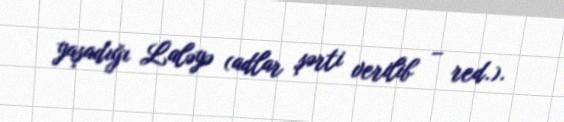
yaşadığı Laləyə (adlar şərti verilib – red.).